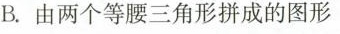
B.由两个等腰三角形拼成的图形